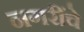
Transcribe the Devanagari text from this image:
नगरींचे